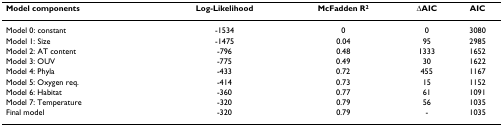
<table><thead><tr><td><b>Model components</b></td><td><b>Log-Likelihood</b></td><td><b>McFadden R<sup>2</sup></b></td><td><b>ΔAIC</b></td><td><b>AIC</b></td></tr></thead><tbody><tr><td>Model 0: constant</td><td>-1534</td><td>0</td><td>0</td><td>3080</td></tr><tr><td>Model 1: Size</td><td>-1475</td><td>0.04</td><td>95</td><td>2985</td></tr><tr><td>Model 2: AT content</td><td>-796</td><td>0.48</td><td>1333</td><td>1652</td></tr><tr><td>Model 3: OUV</td><td>-775</td><td>0.49</td><td>30</td><td>1622</td></tr><tr><td>Model 4: Phyla</td><td>-433</td><td>0.72</td><td>455</td><td>1167</td></tr><tr><td>Model 5: Oxygen req.</td><td>-414</td><td>0.73</td><td>15</td><td>1152</td></tr><tr><td>Model 6: Habitat</td><td>-360</td><td>0.77</td><td>61</td><td>1091</td></tr><tr><td>Model 7: Temperature</td><td>-320</td><td>0.79</td><td>56</td><td>1035</td></tr><tr><td>Final model</td><td>-320</td><td>0.79</td><td>-</td><td>1035</td></tr></tbody></table>